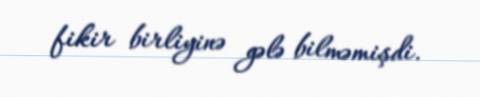
fikir birliyinə gələ bilməmişdi.